Civil Veterinary Dept. Assam report 1927-50 - 1927-1950
Year: 1927
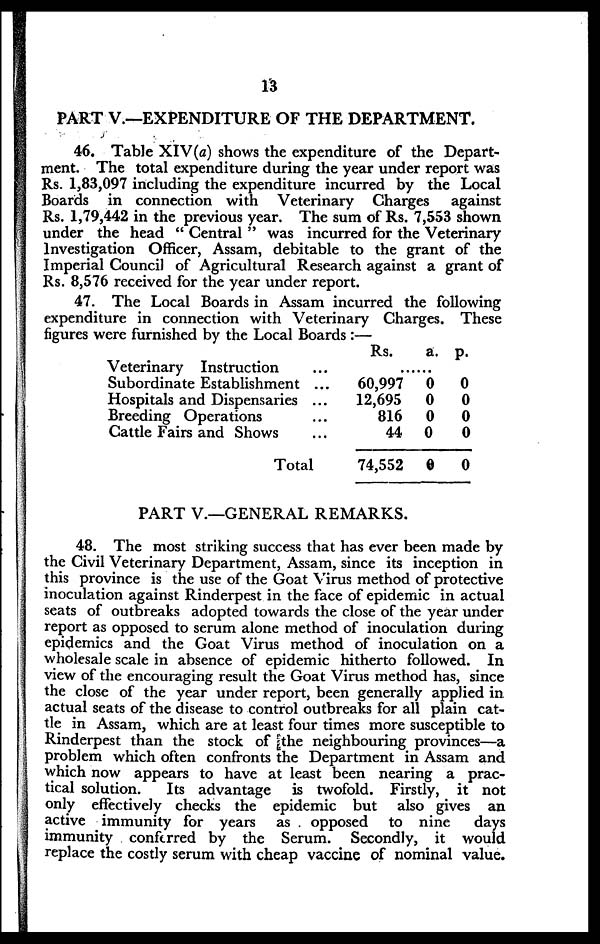
13
PAPT V.—EXPENDITURE
OF
THE DEPARTMENT.
46. Table XIV (a) shows the expenditure of the Depart-
ment. The total expenditure during the year under report was
Rs. 1,83,097 including the expenditure incurred by the Local
Boards in connection with Veterinary Charges against
Rs. 1,79,442 in the previous year. The sum of Rs. 7,553 shown
under the head " Central " was incurred for the Veterinary
Investigation Officer, Assam, debitable to the grant of the
Imperial Council of Agricultural Research against a grant of
Rs. 8,576 received for the year under report.
47. The Local Boards in Assam incurred the following
expenditure in connection with Veterinary Charges. These
figures were furnished by the Local Boards:—
Veterinary Instruction
Subordinate Establishment
Hospitals and Dispensaries
Breeding Operations
Cattle Fairs and Shows
...
...
...
...
...
Total
Rs.
a. p.
......
60,997 0 0
12,695 0
0
816 0
0
44 0
0
74,552 0
0
PART V.—GENERAL REMARKS.
48. The most striking success that has ever been made by
the Civil Veterinary Department, Assam, since its inception in
this province is the use of the Goat Virus method of protective
inoculation against Rinderpest in the face of epidemic in actual
seats of outbreaks adopted towards the close of the year under
report as opposed to serum alone method of inoculation during
epidemics and the Goat Virus method of inoculation on a
wholesale scale in absence of epidemic hitherto followed. In
view of the encouraging result the Goat Virus method has, since
the close of the year under report, been generally applied in
actual seats of the disease to control outbreaks for all plain cat-
tle in Assam, which are at least four times more susceptible to
Rinderpest than the stock of the neighbouring provinces—a
problem which often confronts the Department in Assam and
which now appears to have at least been nearing a prac-
tical solution. Its advantage is twofold. Firstly, it not
only effectively checks the epidemic but also gives an
active immunity for years as opposed to nine days
immunity conferred by the Serum. Secondly, it would
replace the costly serum with cheap vaccine of nominal value.